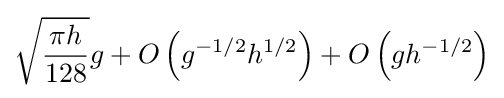
{\sqrt {\frac {\pi h}{128}}}g+O\left(g^{-1/2}h^{1/2}\right)+O\left(gh^{-1/2}\right)